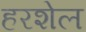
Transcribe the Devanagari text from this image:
हरशेल